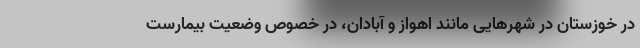
در خوزستان در شهرهایی مانند اهواز و آبادان، در خصوص وضعیت بیمارست